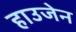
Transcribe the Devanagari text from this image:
हाउजेन